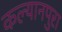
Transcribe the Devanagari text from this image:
कल्यानपुरा